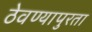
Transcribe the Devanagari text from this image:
ठेवण्यापुरता